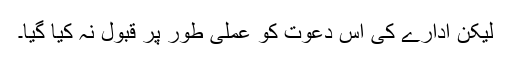
لیکن ادارے کی اس دعوت کو عملی طور پر قبول نہ کیا گیا۔